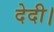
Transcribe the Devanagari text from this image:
देदी।